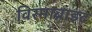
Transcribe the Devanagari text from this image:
विरमाब्राइट